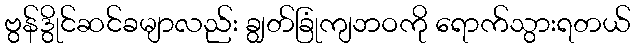
ဗွန်ဒွိုင်ဆင်ခမျာလည်း ချွတ်ခြုံကျဘဝကို ရောက်သွားရတယ်